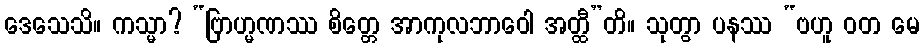
ဒေသေသိ။ ကသ္မာ? “ဗြာဟ္မဏဿ စိတ္တေ အာကုလဘာဝေါ အတ္ထီ”တိ။ သုတွာ ပနဿ “ဗဟူ ဝတ မေ